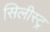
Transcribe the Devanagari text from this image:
सिलीस्ट्र